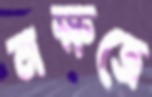
নক্ষত্রে